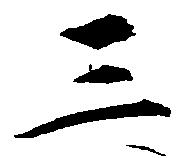
三